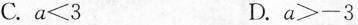
C. $$a ≤ 3$$ D. $$ a > -3$$